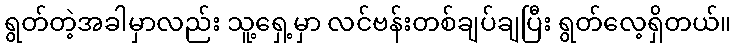
ရွတ်တဲ့အခါမှာလည်း သူ့ရှေ့မှာ လင်ဗန်းတစ်ချပ်ချပြီး ရွတ်လေ့ရှိတယ်။